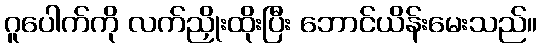
ဂူပေါက်ကို လက်ညှိုးထိုးပြီး ဘောင်ယိန်းမေးသည်။